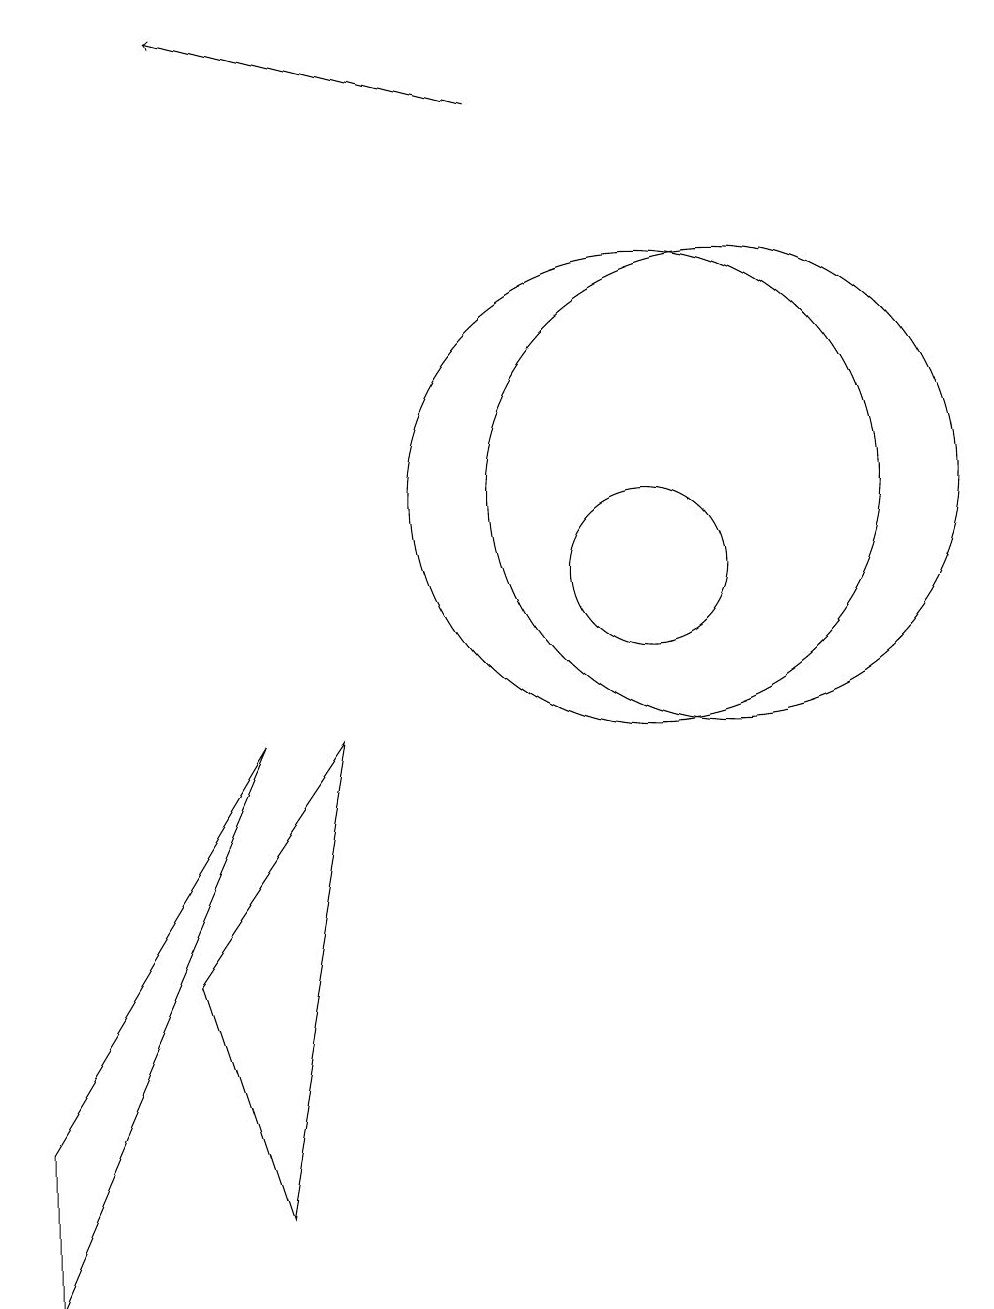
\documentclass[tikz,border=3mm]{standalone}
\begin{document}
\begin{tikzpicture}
\draw (10,11) circle (3);
\draw (10,10) circle (1);
\draw (11,11) circle (3);
\draw (2,1) -- (5,8) -- (2,3) -- cycle;
\draw (4,5) -- (6,8) -- (5,2) -- cycle;
\draw[->] (8,16) -- (4,17);
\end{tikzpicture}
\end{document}